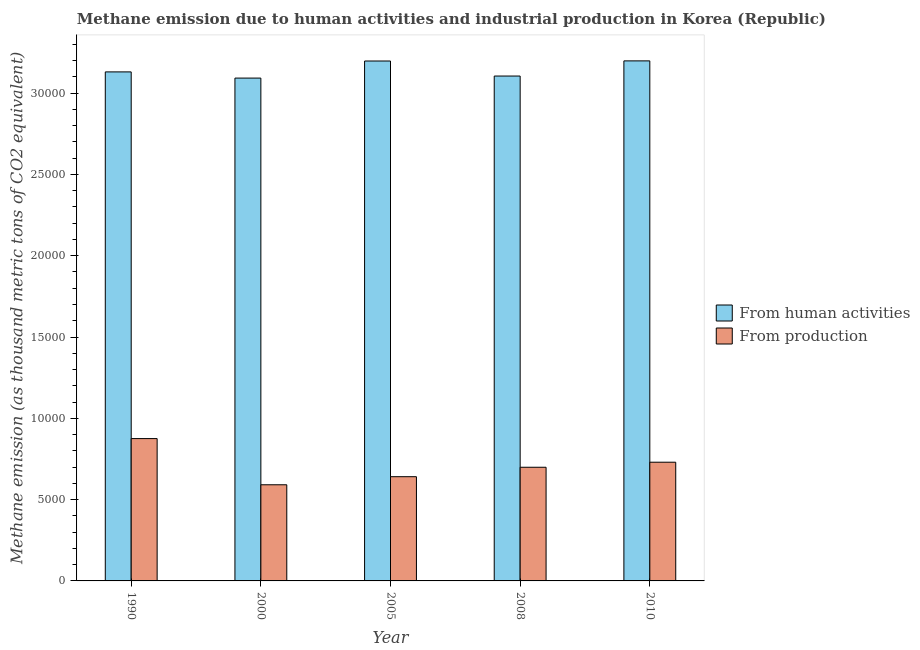
| Year | From human activities | From production |
 | --- | --- | --- |
 | 1990 | 3.13e+04 | 8.75e+03 |
 | 2000 | 3.09e+04 | 5.91e+03 |
 | 2005 | 3.2e+04 | 6.41e+03 |
 | 2008 | 3.11e+04 | 6.99e+03 |
 | 2010 | 3.2e+04 | 7.3e+03 |